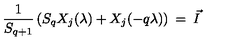
\frac { 1 } { S _ { q + 1 } } \left( S _ { q } X _ { j } ( \lambda ) + X _ { j } ( - q \lambda ) \right) \: = \: \vec { I } \